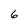
Character: 6